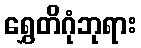
ရွှေတိဂုံဘုရား